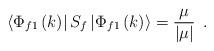
LaTeX: \begin{align*}\left\langle \Phi _{f1}\left( k\right) \right| S_f\left| \Phi _{f1}\left(k\right) \right\rangle =\frac \mu {\left| \mu \right| }\;\,.\end{align*}